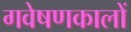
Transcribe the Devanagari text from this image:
गवेषणकालों